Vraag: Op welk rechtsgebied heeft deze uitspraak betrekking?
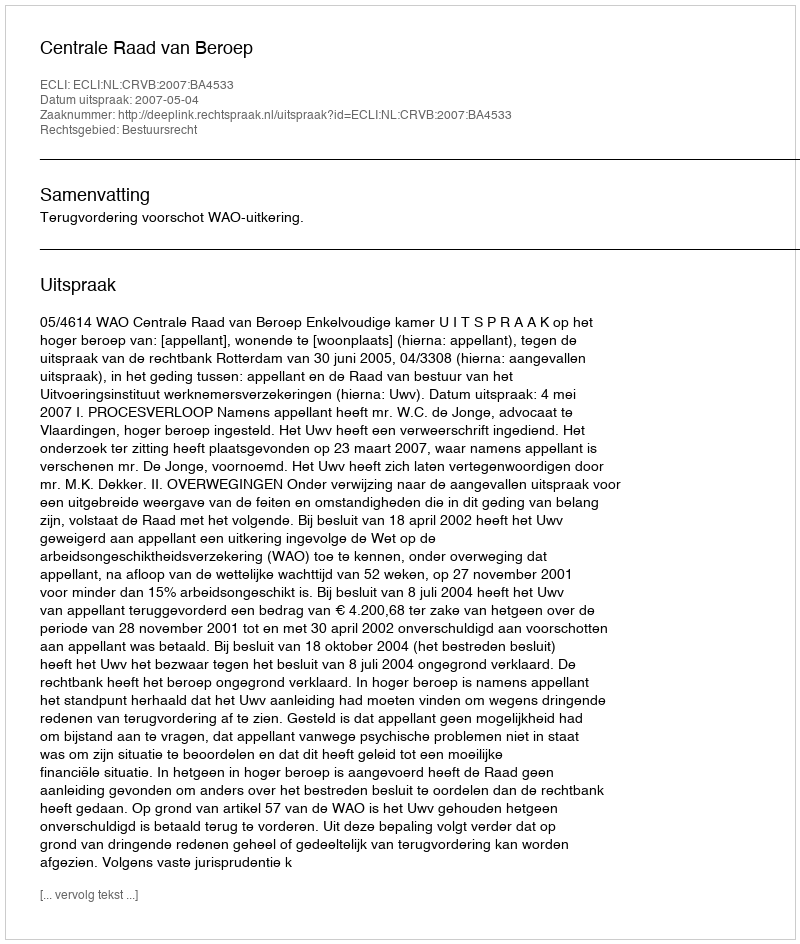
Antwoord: Bestuursrecht